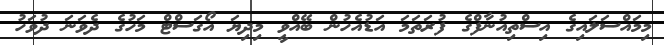
މިމައްސަލައިގެ އިސްތިއުނާފްގެ ފުރަތަމަ އަޑުއެހުން ބޭއްވީ މިދިޔަ އޯގަސްޓް މަހުގެ ދެވަނަ ދުވަހު